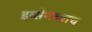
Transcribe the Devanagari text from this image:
इब्सेनच्याच